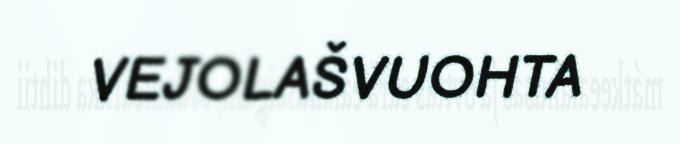
VEJOLAŠVUOHTA